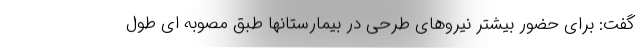
گفت: برای حضور بیشتر نیروهای طرحی در بیمارستانها طبق مصوبه ای طول